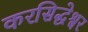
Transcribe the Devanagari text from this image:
करसिद्धेश्वर